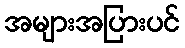
အများအပြားပင်